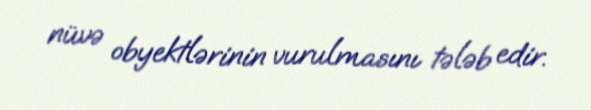
nüvə obyektlərinin vurulmasını tələb edir.